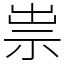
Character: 祟